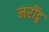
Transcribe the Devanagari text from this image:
नरींद्रु